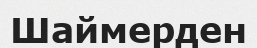
Шаймерден